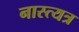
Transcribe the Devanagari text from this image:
नास्त्यत्र